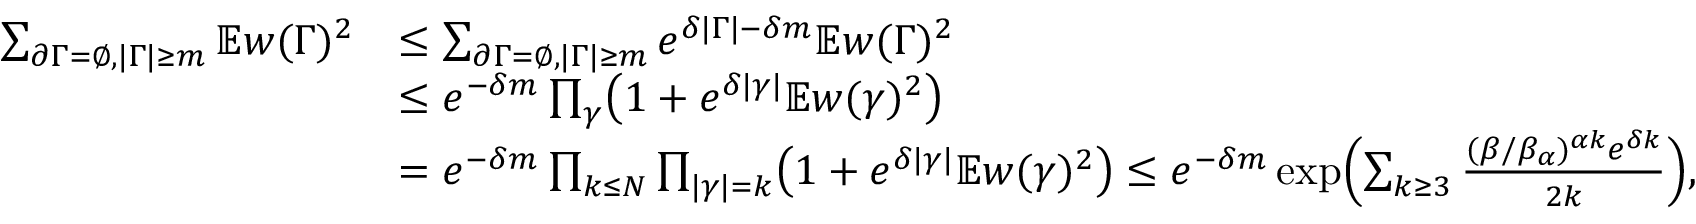
\begin{array} { r l } { \sum _ { \partial \Gamma = \emptyset , | \Gamma | \geq m } \mathbb E w ( \Gamma ) ^ { 2 } } & { \leq \sum _ { \partial \Gamma = \emptyset , | \Gamma | \geq m } e ^ { \delta | \Gamma | - \delta m } \mathbb E w ( \Gamma ) ^ { 2 } } \\ & { \leq e ^ { - \delta m } \prod _ { \gamma } \bigl ( 1 + e ^ { \delta | \gamma | } \mathbb E w ( \gamma ) ^ { 2 } \bigr ) } \\ & { = e ^ { - \delta m } \prod _ { k \leq N } \prod _ { | \gamma | = k } \bigl ( 1 + e ^ { \delta | \gamma | } \mathbb E w ( \gamma ) ^ { 2 } \bigr ) \leq e ^ { - \delta m } \exp \Bigl ( \sum _ { k \geq 3 } \frac { ( \beta / \beta _ { \alpha } ) ^ { \alpha k } e ^ { \delta k } } { 2 k } \Bigr ) , } \end{array}